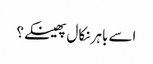
اسے باہر نکال پھینکے؟